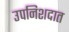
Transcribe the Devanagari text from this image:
उपनिशदात